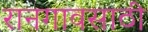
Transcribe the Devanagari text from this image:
रानगावसाठी